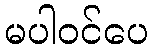
မပါဝင်ပေ